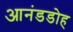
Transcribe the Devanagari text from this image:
आनंडडोह